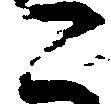
こ